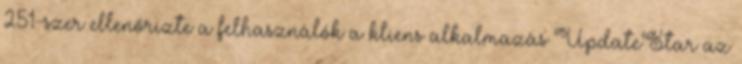
251-szer ellenőrizte a felhasználók a kliens alkalmazás UpdateStar az